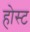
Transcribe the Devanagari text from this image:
होस्‍ट